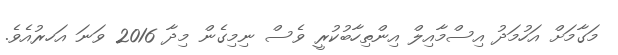
މަގާމަށް އަހުމަދު އިސްމާއިލް އިންތިހާބުކުރީ ވެސް ނިމިގެން މިދާ 2016 ވަނަ އަހރުއެވެ.